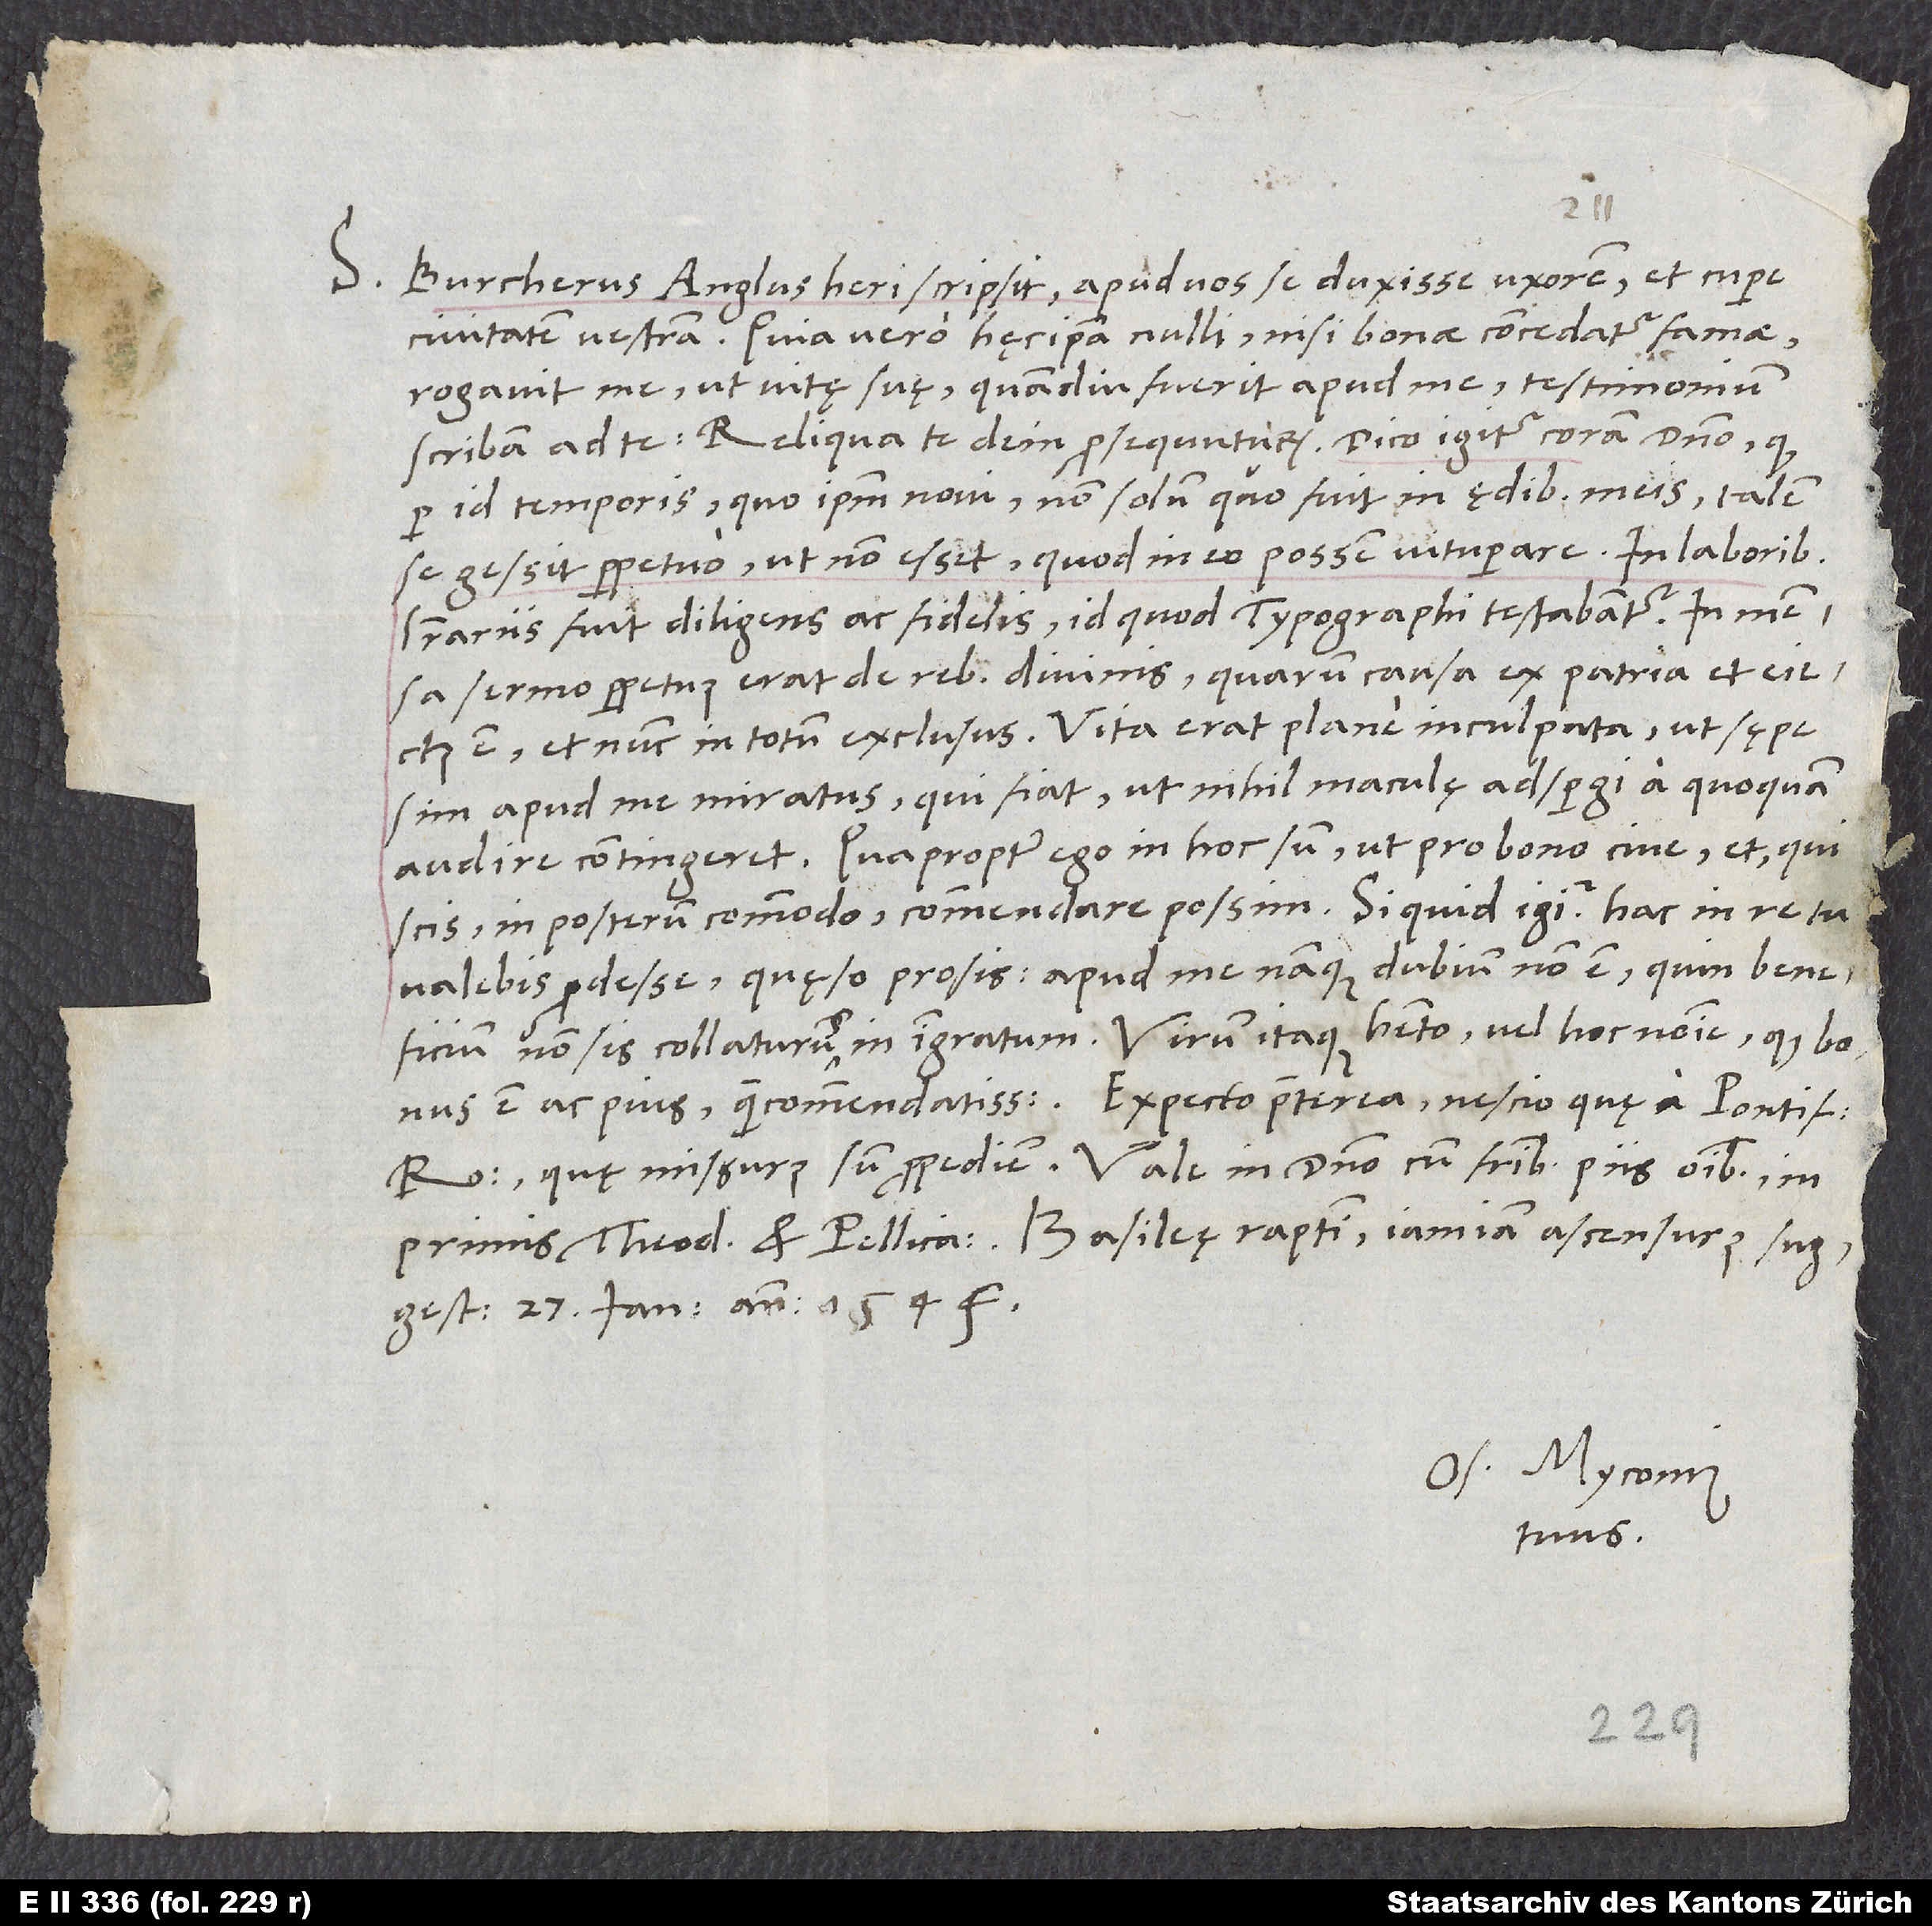
S. Burcherus Anglus heri scripsit apud vos se duxisse uxorem et cupere
civitatem vestram. Quia vero hęc ipsa nulli nisi bonae concedatur famae,
rogavit me, ut vitę suę, quamdiu fuerit apud me, testimonium
per id temporis, quo ipsum novi, non solum, quo fuit in ędibus meis, talem
se gessit perpetuo, ut non esset, quod in eo possem vituperare. In laboribus
literariis fuit diligens ac fidelis, id quod typographi testabantur. In mensa
sermo perpetuus erat de rebus divinis, quarum causa ex patria et eiectus
est et nunc in totum exclusus. Vita erat plane inculpata, ut sępe
sim apud me miratus, qui fiat, ut nihil maculę adspergi a quoquam
audire contingeret. Quapropter ego in hoc sum, ut pro bono cive et, qui
scis, in posterum commodo commendare possim. Si quid igitur hac in re tu
valebis prodesse, quęso, prosis; apud me namque dubium non est, quin beneficium
non sis collaturus in ingratum. Virum itaque habeto vel hoc nomine, quod bonus
imprimis Theodoro et Pellicano. Basileę, raptim, iamiam ascensurus suggestum,
27. ianuarii anno 1545.
Os. Myconius
tuus.